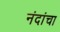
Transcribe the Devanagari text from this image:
नंदांचा